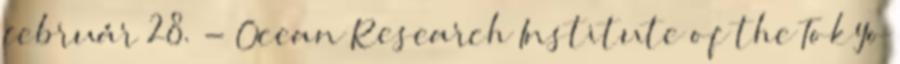
február 28. - Ocean Research Institute of the Tokyo